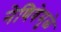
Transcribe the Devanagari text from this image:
नेणिवेमुळे